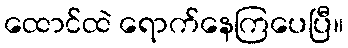
ထောင်ထဲ ရောက်နေကြပေပြီ။